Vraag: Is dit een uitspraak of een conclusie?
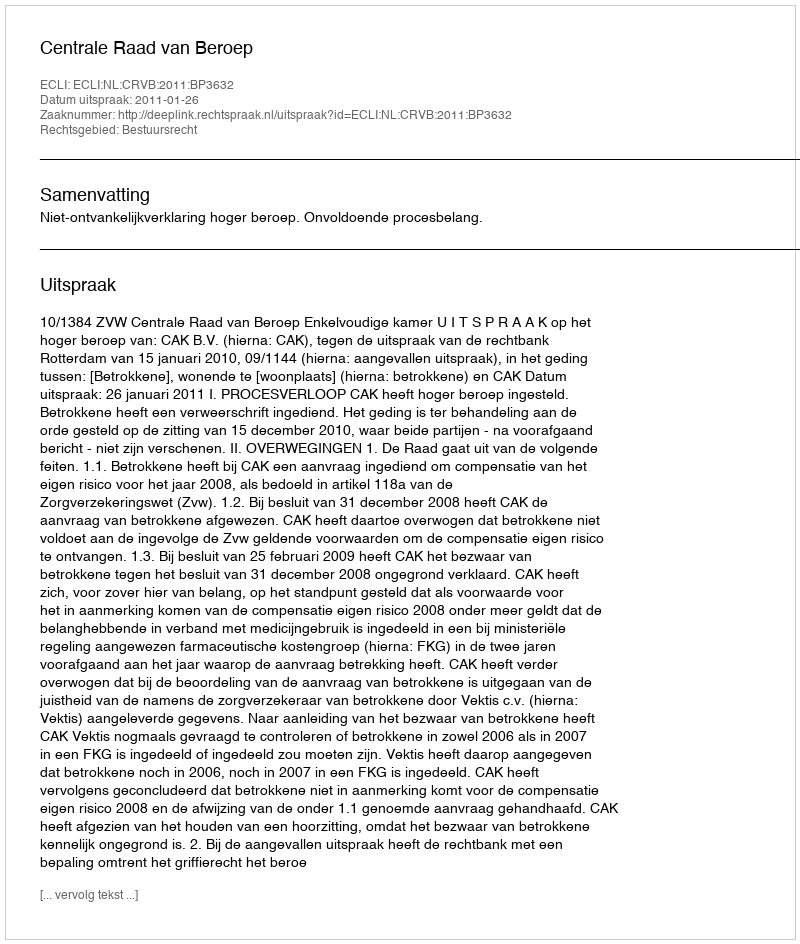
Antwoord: Uitspraak